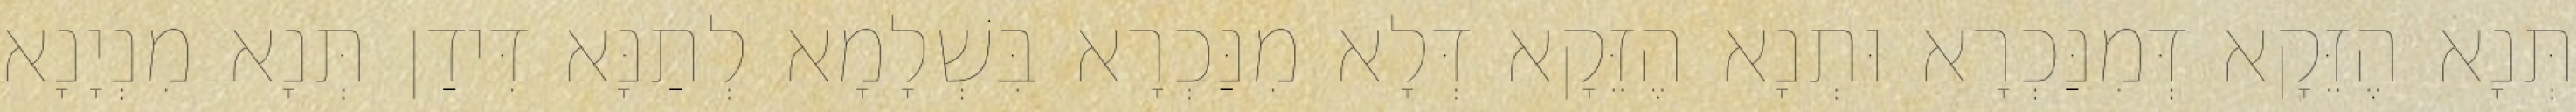
תְּנָא הֶזֵּקָא דְּמִנַּכְרָא וּתְנָא הֶזֵּקָא דְּלָא מִנַּכְרָא בִּשְׁלָמָא לְתַנָּא דִּידַן תְּנָא מִנְיָנָא